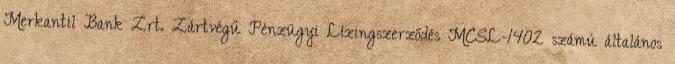
Merkantil Bank Zrt. Zártvégű Pénzügyi Lízingszerződés MCSL-1402 számú általános